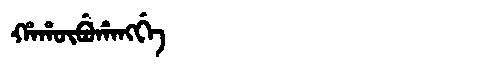
Manchu: ᡥᠠᡥᡡᠪᡠᡥᠠᠩᡤᡝ
Romanization: HAHŪBUHANGGE